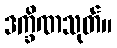
ဒက္ခိဏသုတ်။